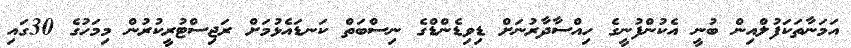
އަމަނާތަކަފުލްއިން ބުނީ އެކުންފުނީގެ ހިއްސާދާރުނަށް ޑިވިޑެންޑްގެ ނިސްބަތް ކަނޑައެޅުމަށް ރަޖިސްޓުރީކުރުން މިމަހުގެ 30ގައި